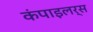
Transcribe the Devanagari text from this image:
कंपाइलर्स